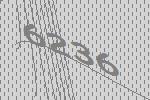
6236